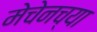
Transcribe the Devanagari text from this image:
मेचेनच्या